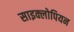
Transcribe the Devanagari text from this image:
साइक्लोपियन